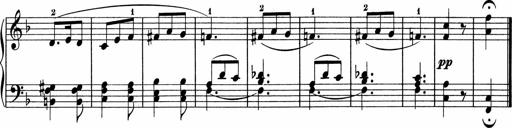
Title: 5 Sonatinen fÃ¼r die Jugend
Composer: Carl Reinecke